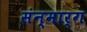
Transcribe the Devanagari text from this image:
संन्मार्ग